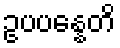
ဥပပန္နေတိ